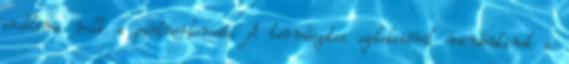
probléma volt a partnerkeresés. A természetes szelekcióról mindenkinek a